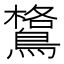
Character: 𪄎